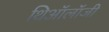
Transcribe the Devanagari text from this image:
थिऑलॉजी